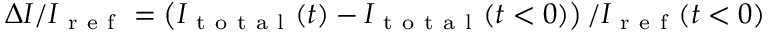
\Delta I / I _ { \mathrm { ~ r ~ e ~ f ~ } } = \left( I _ { \mathrm { ~ t ~ o ~ t ~ a ~ l ~ } } ( t ) - I _ { \mathrm { ~ t ~ o ~ t ~ a ~ l ~ } } ( t < 0 ) \right) / I _ { \mathrm { ~ r ~ e ~ f ~ } } ( t < 0 )